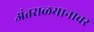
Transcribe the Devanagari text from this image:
अंतराळयानावर